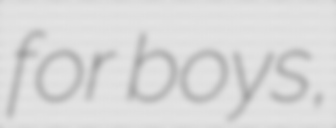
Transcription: for boys,